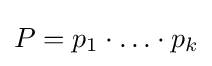
P=p_{1}\cdot \ldots \cdot p_{k}